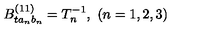
B _ { t a _ { n } b _ { n } } ^ { ( 1 1 ) } = T _ { n } ^ { - 1 } , \ ( n = 1 , 2 , 3 )